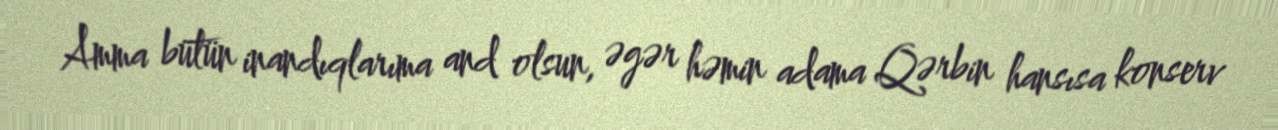
Amma bütün inandıqlarıma and olsun, əgər həmin adama Qərbin hansısa konserv